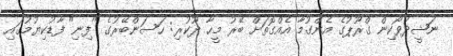
ނަޝީދުވޯކިން ގްރޫޕުގެ އެންގުމާ އެއްގޮތަށް ބޭރު މީހާ ދޫކުރި: ހަސަންބޭރުގެ "ފިނި" ފާޑުކިޔުމުގައި